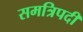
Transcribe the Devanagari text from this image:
समत्रिपदी